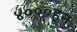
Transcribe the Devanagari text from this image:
४०००हून